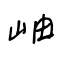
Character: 岫